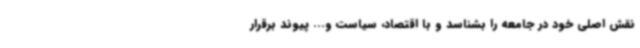
نقش اصلی خود در جامعه را بشناسد و با اقتصاد، سیاست و... پیوند برقرار